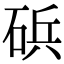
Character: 𮀠